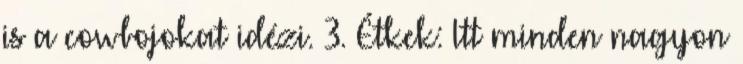
is a cowbojokat idézi. 3. Étkek: Itt minden nagyon